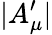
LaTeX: |A_{\mu}^{\prime}|